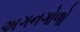
અગનગોળો